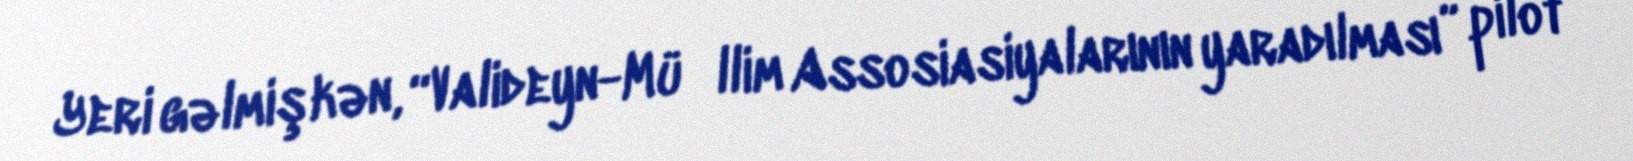
Yeri gəlmişkən, “Valideyn-Müәllim Assosiasiyalarının yaradılması” pilot